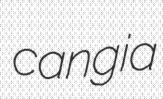
cangia